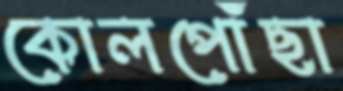
কোলপোঁছা